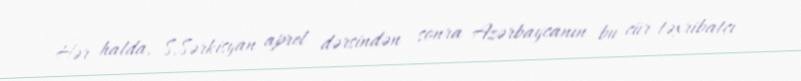
Hər halda, S.Sərkisyan aprel dərsindən sonra Azərbaycanın bu cür təxribatçı